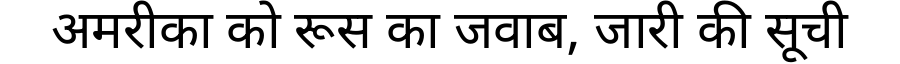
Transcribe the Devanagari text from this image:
अमरीका को रूस का जवाब, जारी की सूची